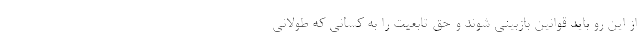
از این رو باید قوانین بازبینی شوند و حق تابعیت را به کسانی که طولانی